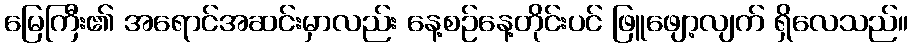
မြေကြီး၏ အရောင်အဆင်းမှာလည်း နေ့စဉ်နေ့တိုင်းပင် ဖြူဖျော့လျက် ရှိလေသည်။